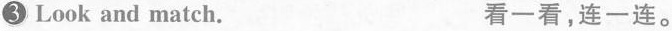
3Look and match. 看一看,连一连。